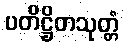
ပတိဋ္ဌိတသုတ္တံ